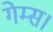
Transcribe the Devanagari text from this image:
गेम्स।